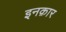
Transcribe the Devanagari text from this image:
इनक़ार